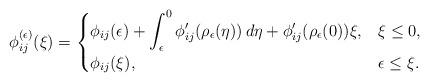
LaTeX: \begin{align*}\phi^{(\epsilon)}_{ij}(\xi)=\begin{cases}\displaystyle{\phi_{ij}(\epsilon)+\int_{\epsilon}^0\phi_{ij}'(\rho_\epsilon(\eta))\,d\eta+\phi_{ij}'(\rho_\epsilon(0))\xi},&\xi\leq 0,\\\phi_{ij}(\xi),& \epsilon\leq \xi.\end{cases}\end{align*}